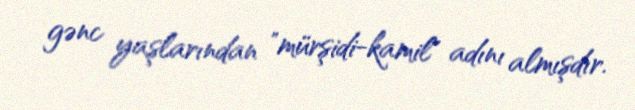
gənc yaşlarından "mürşidi-kamil" adını almışdır.